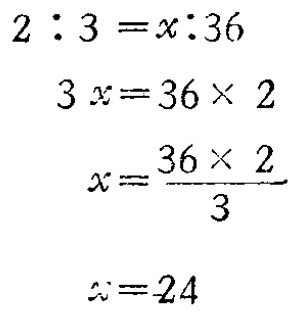
\[

\begin{align*}

2:3&=x:36\\

3x&=36\times2\\

x&=\frac{36\times2}{3}\\

x&=24

\end{align*}

\]